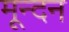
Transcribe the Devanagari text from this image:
मून्दन